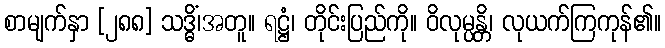
စာမျက်နှာ [၂၈၈] သဒ္ဓိံ၊အတူ။ ရဋ္ဌံ၊ တိုင်းပြည်ကို။ ဝိလုမ္ပန္တိ၊ လုယက်ကြကုန်၏။